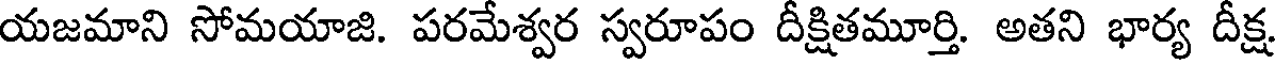
యజమాని సోమయాజి. పరమేశ్వర స్వరూపం దీక్షితమూర్తి. అతని భార్య దీక్ష